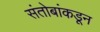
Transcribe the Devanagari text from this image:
संतोबांकडून